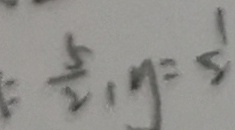
= \frac { 5 } { 2 } , y = \frac { 1 } { 2 }